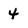
Character: 4